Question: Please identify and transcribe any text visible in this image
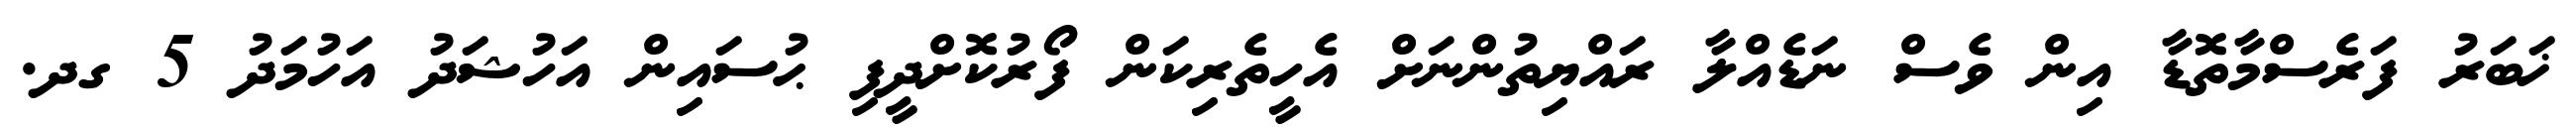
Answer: ޚަބަރު ފަރެސްމާތޮޑާ އިން ވެސް ނަޑެއްލާ ރައްޔިތުންނަށް އެހީތެރިކަން ފޯރުކޮށްދީފި ޙުސައިން އަހުޝަދު އަހުމަދު 5 ގދ.